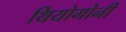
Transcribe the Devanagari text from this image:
थियोगोनी